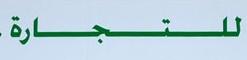
للتجارة